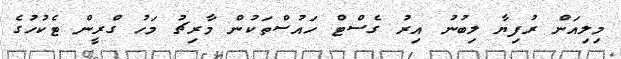
މިލިއަން ރުފިޔާ ލިބުނު އިރު ގެސްޓް ހައުސްތަކުން މާރިޗު މަހު ގްރީން ޓެކުހުގެ